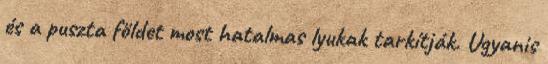
és a puszta földet most hatalmas lyukak tarkítják. Ugyanis